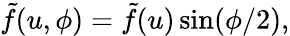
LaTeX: \tilde{f}(u,\phi)=\tilde{f}(u)\sin(\phi/2),